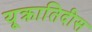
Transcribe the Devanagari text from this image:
यूक्रातिदीस